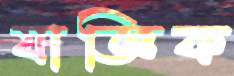
যাজ্ঞিক